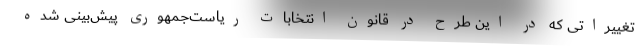
تغییراتی که در این طرح در قانون انتخابات ریاست‌جمهوری پیش‌بینی شده